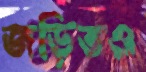
জড়িতও